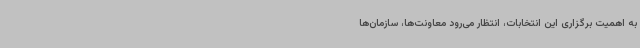
به اهمیت برگزاری این انتخابات، انتظار می‌رود معاونت‌ها، سازمان‌ها